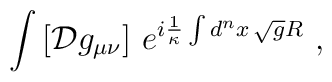
\int\left[{\cal D}g_{\mu\nu}\right]\,e^{i\frac{1}{\kappa}\int d^nx\,\sqrt{g}R}\ ,